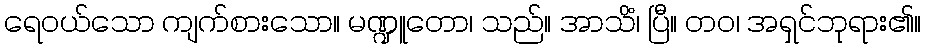
ရေဝယ်သော ကျက်စားသော။ မဏ္ဍူတော၊ သည်။ အာသိံ၊ ပြီ။ တဝ၊ အရှင်ဘုရား၏။